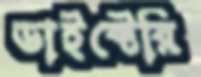
ডাইক্টেরি